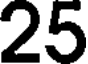
25